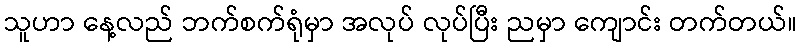
သူဟာ နေ့လည် ဘက်စက်ရုံမှာ အလုပ် လုပ်ပြီး ညမှာ ကျောင်း တက်တယ်။